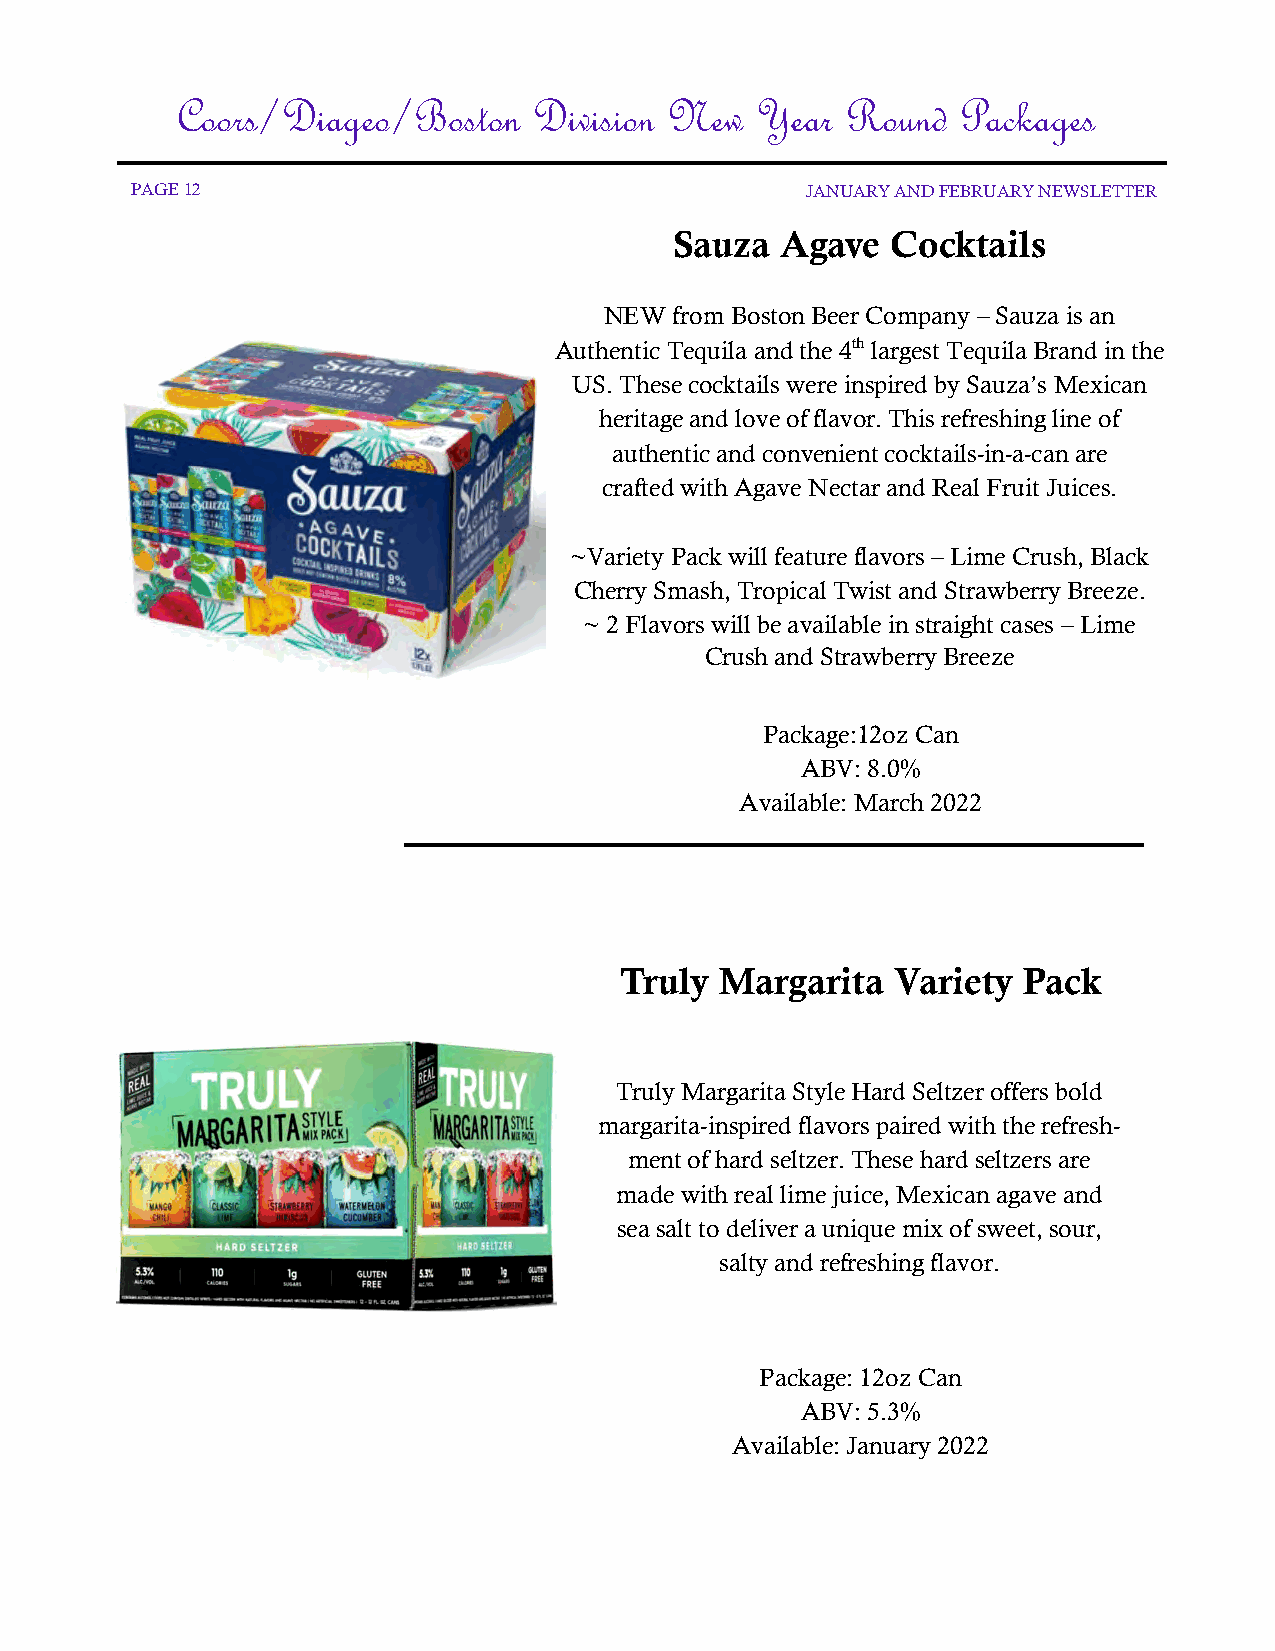
Coors/Diageo/Boston    Division New   Year  Round   Packages
 PAGE 12                                     JANUARY AND FEBRUARY NEWSLETTER
 Sauza  Agave  Cocktails
 NEW  from Boston Beer Company – Sauza is an
 Authentic Tequila and the 4th largest Tequila Brand in the
 US. These cocktails were inspired by Sauza’s Mexican
 heritage and love of flavor. This refreshing line of
 authentic and convenient cocktails-in-a-can are
 crafted with Agave Nectar and Real Fruit Juices.
 ~Variety Pack will feature flavors – Lime Crush, Black
 Cherry Smash, Tropical Twist and Strawberry Breeze.
 ~ 2 Flavors will be available in straight cases – Lime
 Crush and Strawberry Breeze
 Package:12oz Can
 ABV: 8.0%
 Available: March 2022
 Truly  Margarita  Variety  Pack
 Truly Margarita Style Hard Seltzer offers bold
 margarita-inspired flavors paired with the refresh-
 ment of hard seltzer. These hard seltzers are
 made with real lime juice, Mexican agave and
 sea salt to deliver a unique mix of sweet, sour,
 salty and refreshing flavor.
 Package: 12oz Can
 ABV: 5.3%
 Available: January 2022